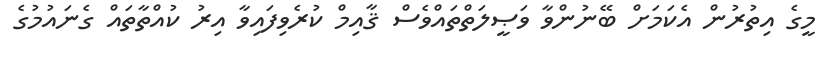
މީގެ އިތުރުން އެކަމަށް ބޭނުންވާ ވަޞީލަތްތައްވެސް ޤާއިމް ކުރެވިފައިވާ އިރު ކުއްތާތައް ގެނައުމުގެ